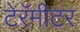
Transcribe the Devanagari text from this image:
टेरॅमीटर